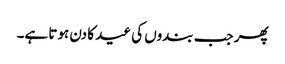
پھر جب بندوں کی عید کا دن ہوتا ہے۔